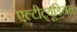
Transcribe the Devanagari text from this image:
एल्‍टीट्यूडिनल